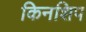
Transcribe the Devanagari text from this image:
किनशिप